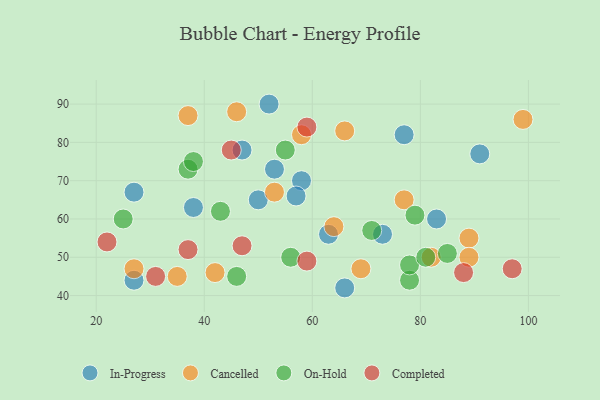
{"axis": {"x": "GDP", "y": "Life Expectancy"}, "legend": ["Cancelled", "Completed", "In-Progress", "On-Hold"], "data": [{"x": "63", "y": 56, "type": "In-Progress"}, {"x": "77", "y": 82, "type": "In-Progress"}, {"x": "27", "y": 67, "type": "In-Progress"}, {"x": "27", "y": 44, "type": "In-Progress"}, {"x": "58", "y": 70, "type": "In-Progress"}, {"x": "73", "y": 56, "type": "In-Progress"}, {"x": "53", "y": 73, "type": "In-Progress"}, {"x": "57", "y": 66, "type": "In-Progress"}, {"x": "91", "y": 77, "type": "In-Progress"}, {"x": "47", "y": 78, "type": "In-Progress"}, {"x": "38", "y": 63, "type": "In-Progress"}, {"x": "83", "y": 60, "type": "In-Progress"}, {"x": "52", "y": 90, "type": "In-Progress"}, {"x": "66", "y": 42, "type": "In-Progress"}, {"x": "50", "y": 65, "type": "In-Progress"}, {"x": "77", "y": 65, "type": "Cancelled"}, {"x": "46", "y": 88, "type": "Cancelled"}, {"x": "66", "y": 83, "type": "Cancelled"}, {"x": "82", "y": 50, "type": "Cancelled"}, {"x": "42", "y": 46, "type": "Cancelled"}, {"x": "69", "y": 47, "type": "Cancelled"}, {"x": "37", "y": 87, "type": "Cancelled"}, {"x": "35", "y": 45, "type": "Cancelled"}, {"x": "27", "y": 47, "type": "Cancelled"}, {"x": "58", "y": 82, "type": "Cancelled"}, {"x": "53", "y": 67, "type": "Cancelled"}, {"x": "99", "y": 86, "type": "Cancelled"}, {"x": "64", "y": 58, "type": "Cancelled"}, {"x": "89", "y": 55, "type": "Cancelled"}, {"x": "89", "y": 50, "type": "Cancelled"}, {"x": "85", "y": 51, "type": "On-Hold"}, {"x": "79", "y": 61, "type": "On-Hold"}, {"x": "43", "y": 62, "type": "On-Hold"}, {"x": "37", "y": 73, "type": "On-Hold"}, {"x": "71", "y": 57, "type": "On-Hold"}, {"x": "38", "y": 75, "type": "On-Hold"}, {"x": "78", "y": 44, "type": "On-Hold"}, {"x": "46", "y": 45, "type": "On-Hold"}, {"x": "78", "y": 48, "type": "On-Hold"}, {"x": "81", "y": 50, "type": "On-Hold"}, {"x": "55", "y": 78, "type": "On-Hold"}, {"x": "25", "y": 60, "type": "On-Hold"}, {"x": "56", "y": 50, "type": "On-Hold"}, {"x": "37", "y": 52, "type": "Completed"}, {"x": "31", "y": 45, "type": "Completed"}, {"x": "59", "y": 49, "type": "Completed"}, {"x": "47", "y": 53, "type": "Completed"}, {"x": "22", "y": 54, "type": "Completed"}, {"x": "88", "y": 46, "type": "Completed"}, {"x": "45", "y": 78, "type": "Completed"}, {"x": "97", "y": 47, "type": "Completed"}, {"x": "59", "y": 84, "type": "Completed"}]}